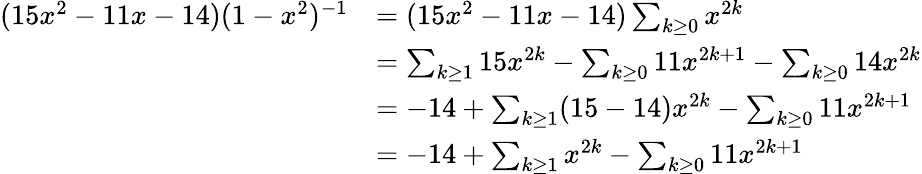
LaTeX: \begin{array}{rl}{(15x^{2}-11x-14)(1-x^{2})^{-1}}&{=(15x^{2}-11x-14)\sum_{k\ge 0}x^{2k}}\\ &{=\sum_{k\ge 1}15x^{2k}-\sum_{k\ge 0}11x^{2k+1}-\sum_{k\ge 0}14x^{2k}}\\ &{=-14+\sum_{k\ge 1}(15-14)x^{2k}-\sum_{k\ge 0}11x^{2k+1}}\\ &{=-14+\sum_{k\ge 1}x^{2k}-\sum_{k\ge 0}11x^{2k+1}}\end{array}